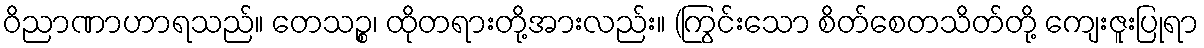
ဝိညာဏာဟာရသည်။ တေသဉ္စ၊ ထိုတရားတို့အားလည်း။ (ကြွင်းသော စိတ်စေတသိတ်တို့ ကျေးဇူးပြုရာ